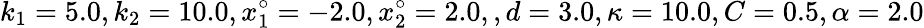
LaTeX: k_{1}=5.0,k_{2}=10.0,x_{1}^{\circ}=-2.0,x_{2}^{\circ}=2.0,,d=3.0,\kappa=10.0,C=0.5,\alpha=2.0